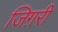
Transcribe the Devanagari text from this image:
जिग़री